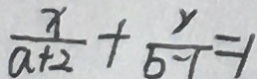
\frac { x } { a + 2 } + \frac { y } { b - 1 } = 1